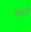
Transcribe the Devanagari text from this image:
चारतो